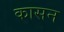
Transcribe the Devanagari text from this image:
कासन